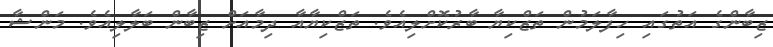
ޒިބާންގެ އަތުގައި ހިފާލަމުން ތަޒްކިޔާ ބާރުކޮށްލިއެވެ. ތަޒްކިޔާއާ ދިމާއަށް ޒިބާން ބަލާލިއެވެ. މަންޝާ